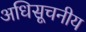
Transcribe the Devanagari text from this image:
अधिसूचनीय